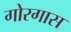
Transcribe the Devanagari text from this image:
गोरगास